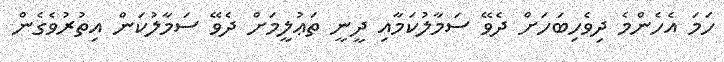
ހަމަ އެހެންމެ ދިވެހިބަހަށް ދެވޭ ސަމާލުކަމާއި ދީނީ ތަޢުލީމަށް ދެވޭ ސަމާލުކަން އިތުރުވެގެން